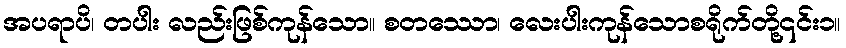
အပရာပိ၊ တပါး လည်းဖြစ်ကုန်သော။ စတဿော၊ လေးပါးကုန်သောစရိုက်တို့၎င်း၁။